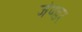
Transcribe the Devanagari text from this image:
जेण्डर